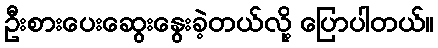
ဦးစားပေးဆွေးနွေးခဲ့တယ်လို့ ပြောပါတယ်။